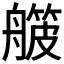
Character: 𬜛